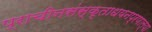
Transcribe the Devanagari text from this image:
प्राचीनसंस्कृताधयनप्रणाल्या